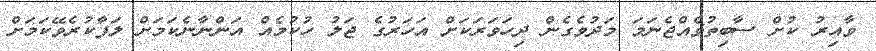
ވާއިރު ކުށް ސާބިތުވެއްޖެނަމަ މަދުވެގެން ދިހަވަރަކަށް އަހަރުގެ ޖަލު ހުކުމެއް އަންނާނެކަމަށް ލަފާކުރެވޭކަމަށް